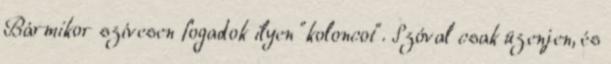
Bármikor szívesen fogadok ilyen "koloncot". Szóval csak üzenjen, és